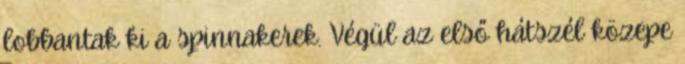
lobbantak ki a spinnakerek. Végül az első hátszél közepe